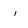
Character: i